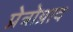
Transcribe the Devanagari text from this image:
प्रेत्रोग्राद